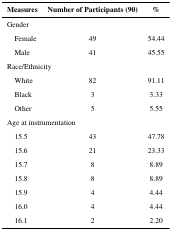
<table><thead><tr><td><b>Measures</b></td><td><b>Number of Participants (90)</b></td><td><b>%</b></td></tr></thead><tbody><tr><td colspan="3">Gender</td></tr><tr><td> Female</td><td>49</td><td>54.44</td></tr><tr><td> Male</td><td>41</td><td>45.55</td></tr><tr><td colspan="3">Race/Ethnicity</td></tr><tr><td> White</td><td>82</td><td>91.11</td></tr><tr><td> Black</td><td>3</td><td>3.33</td></tr><tr><td> Other</td><td>5</td><td>5.55</td></tr><tr><td colspan="3">Age at instrumentation</td></tr><tr><td> 15.5</td><td>43</td><td>47.78</td></tr><tr><td> 15.6</td><td>21</td><td>23.33</td></tr><tr><td> 15.7</td><td>8</td><td>8.89</td></tr><tr><td> 15.8</td><td>8</td><td>8.89</td></tr><tr><td> 15.9</td><td>4</td><td>4.44</td></tr><tr><td> 16.0</td><td>4</td><td>4.44</td></tr><tr><td> 16.1</td><td>2</td><td>2.20</td></tr></tbody></table>